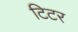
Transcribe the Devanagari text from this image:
टिटर